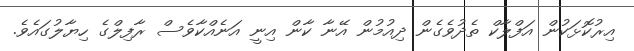
އިރުކޮޅަކުން އަފްލާކް ތެދުވެގެން ދިއުމުން އޭނާ ކާން އިނީ އަނެއްކާވެސް ރާފިލްގެ ހިޔާލުގައެވެ.